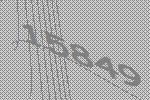
15849